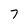
Character: 7